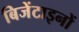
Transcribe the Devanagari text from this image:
बिजेंटाइनों